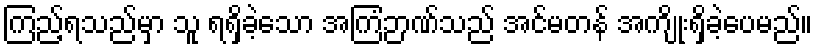
ကြည့်ရသည်မှာ သူ ရရှိခဲ့သော အကြံဉာဏ်သည် အင်မတန် အကျိုးရှိခဲ့ပေမည်။